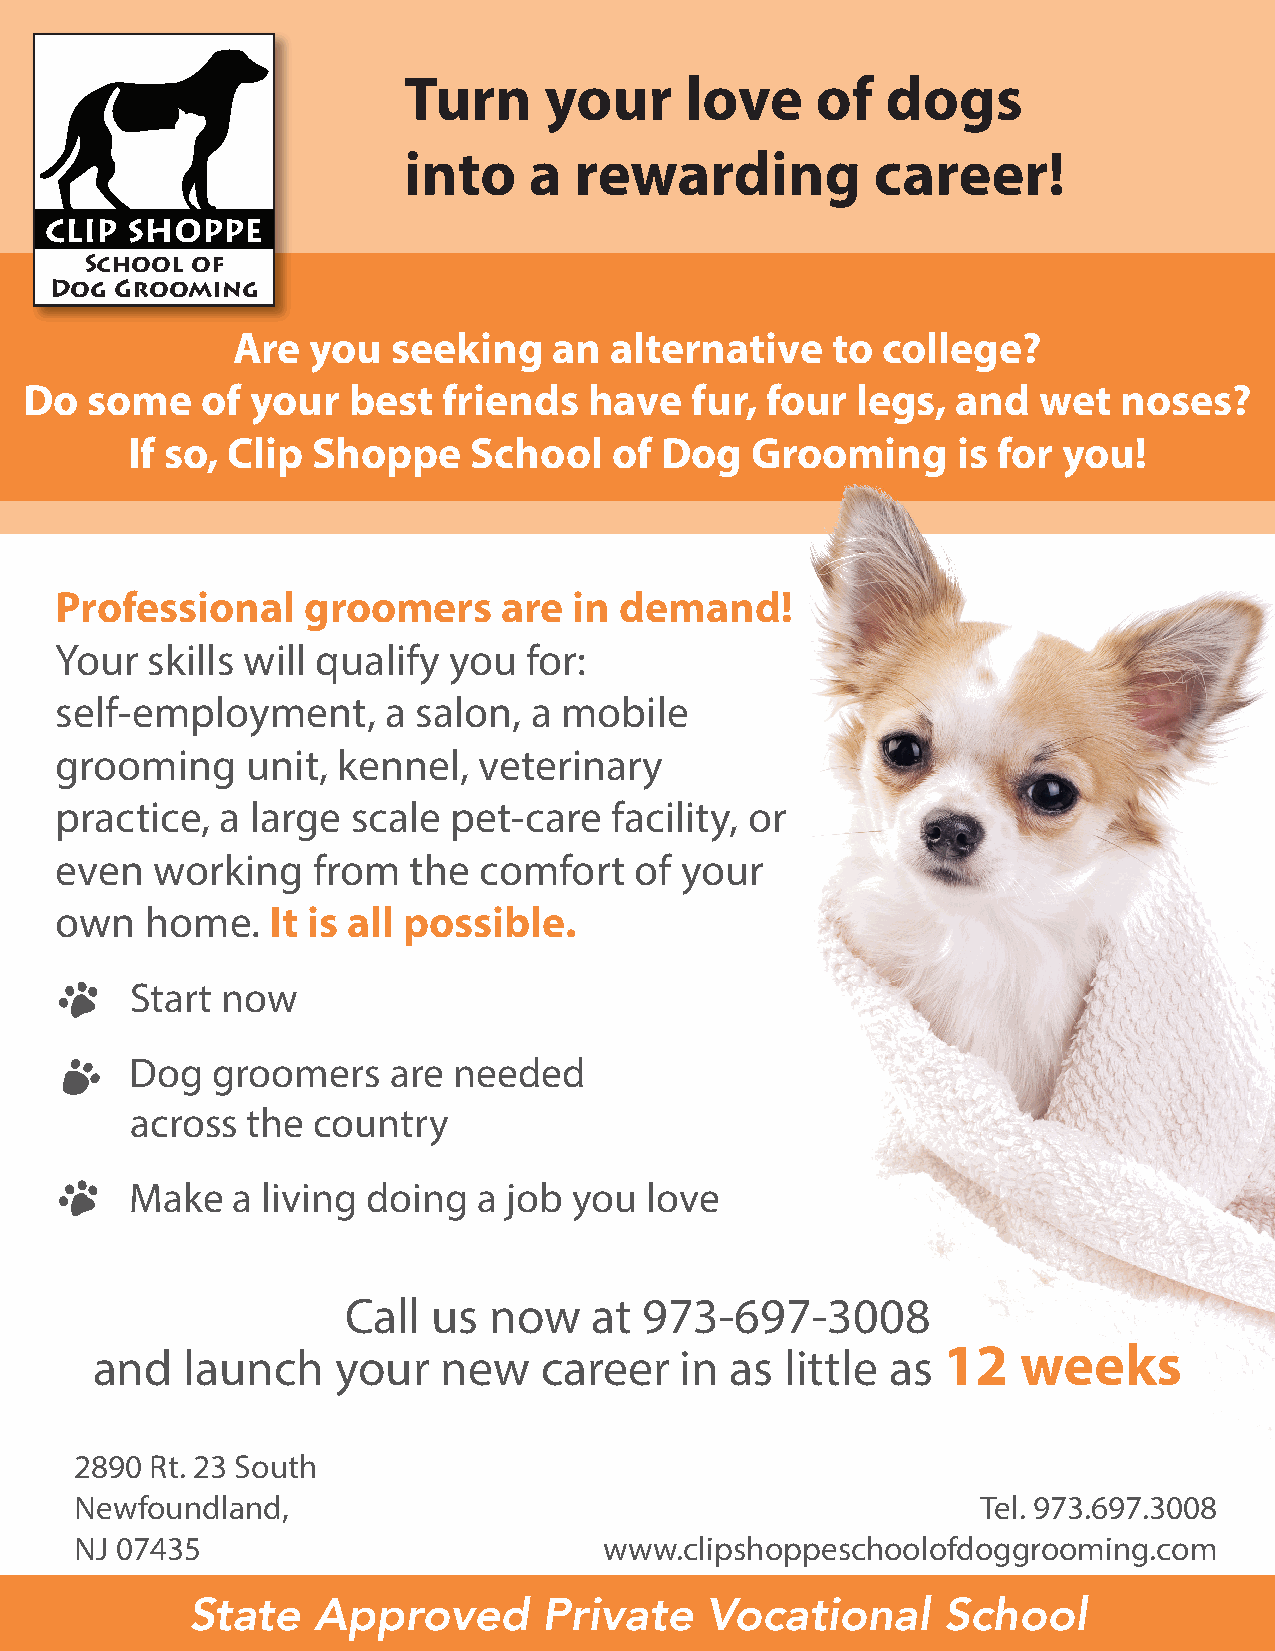
Turn     your     love     of   dogs
 into    a  rewarding           career!
 CLIP SHOPPE
 School of
 Dog  Grooming
 Are   you  seeking    an alternative    to college?
 Do  some   of  your  best  friends   have   fur, four  legs, and   wet  noses?
 If so, Clip  Shoppe    School   of  Dog   Grooming     is for you!
 Professional    groomers     are  in demand!
 Your  skills will qualify you  for:
 self-employment,     a salon,  a mobile
 grooming    unit, kennel,   veterinary
 practice,  a large scale  pet-care  facility, or
 even  working    from  the  comfort   of your
 own   home.   It is all possible.
 Start now
 Dog  groomers    are needed
 across the  country
 Make  a living doing   a job you  love
 Call  us now    at  973-697-3008
 12    weeks
 and   launch    your   new    career   in as  little as
 2890 Rt. 23 South
 Newfoundland,                                               Tel. 973.697.3008
 NJ 07435                           www.clipshoppeschoolofdoggrooming.com
 State    Approved       Private    Vocational     School